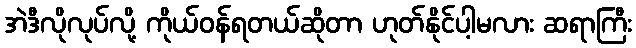
အဲဒီလိုလုပ်လို့ ကိုယ်ဝန်ရတယ်ဆိုတာ ဟုတ်နိုင်ပါ့မလား ဆရာကြီး